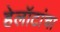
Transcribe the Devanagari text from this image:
हेलॉटांचा